Account of plague administration in the Bombay Presidency from September 1896 till May 1897
Year: 1896
Disease focus: Plague
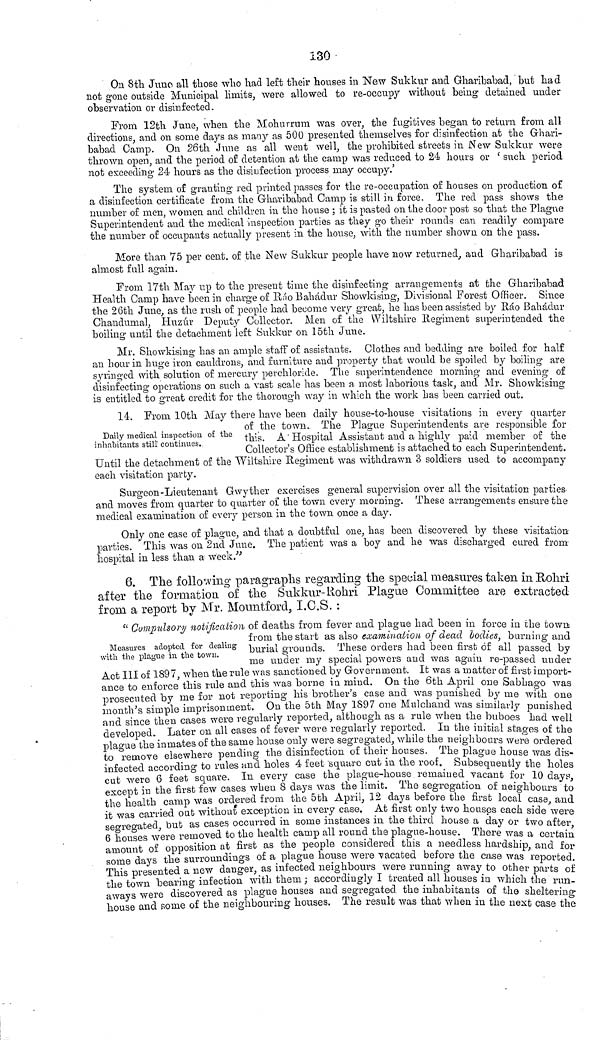
Daily medical inspection of the
inhabitants still continues.
14. From 10th May there have been daily house-to-house visitations in every quarter
of the town. The Plague Superintendents are responsible for
this. A "Hospital Assistant and a highly paid member of the
Collector's Office establishment is attached to each Superintendent.
Until the detachment of the Wiltshire Regiment was withdrawn 3 soldiers used to accompany
each visitation party.
Surgeon-Lieutenant Gwyther exercises general supervision over all the visitation parties
and moves from quarter to quarter oí the town every morning. These arrangements ensure the
medical examination of every person in the town once a day.
Only one case of plague, and that a doubtful one, has been discovered by these visitation
parties. This was on 2nd June. The patient was a boy and he was discharged cured from
hospital in less than a week."
6. The following paragraphs regarding the special measures taken in Rohri
after the formation of the Sukkur-Rohri Plague Committee are extracted
from a report "by Mr. Mountford, I.C.S. :
Measures adopted for dealing
with the plague in the town.
" Compulsory notification of deaths from fever and plague had been in force in the town
from the start as also examination of dead bodies, burning and
burial grounds. These orders had been first of all passed by
me under my special powers and was again re-passed under
Act III of 1897, when the rule was sanctioned by Government. It was a matter of first import-
ance to enforce this rule and this was borne in mind. On the 6th April one Sabhago was
prosecuted by me for not reporting his brother's case and was punished by me with one
month's simple imprisonment. On the 5th May 1897 one Mulchand was similarly punished
and since then cases were regularly reported, although as a rule when the buboes had well
developed.. Later on all cases of fever were regularly reported. In the initial stages of the
plague the inmates of the sanie house only were segregated, while the neighbours were ordered
to remove elsewhere pending the disinfection of their houses. The plague house was dis-
infected according to rules and holes 4 feet square cut in the roof. Subsequently the holes
cut were 6 feet square. In every case the plague-house remained vacant for 10 days,
except in the first few cases when 8 days was the limit. The segregation of neighbours to
the health camp was ordered from the 5th April, 12 days before the first local case, and
it was carried out without exception in every case. At first only two houses each side were
segregated, but as cases occurred in some instances in the third house a day or two after
6 houses were removed to the health camp all round the plague-house. There was a certain
amount of opposition at first as the people considered this a needless hardship, and for
some days the surroundings of a plague house were vacated before the case was reported
This presented a new danger, as infected neighbours were running away to other parts of
the town bearing infection with them ; accordingly I treated all houses in which the run-
aways were discovered as plague houses and segregated the inhabitants of the sheltering
house and some of the neighbouring houses. The result was that when in the next case the